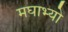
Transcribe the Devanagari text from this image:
मघाभ्यो